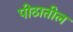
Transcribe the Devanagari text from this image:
पीठातील